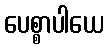
ပေစ္စာပါယေ